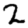
Digit: 2